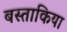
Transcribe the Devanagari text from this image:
बस्ताकिया